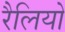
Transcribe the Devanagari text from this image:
रैलियो